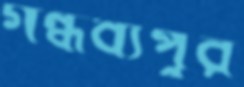
গন্ধব্যপুর